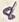
Text: 8